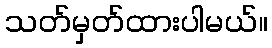
သတ်မှတ်ထားပါမယ်။